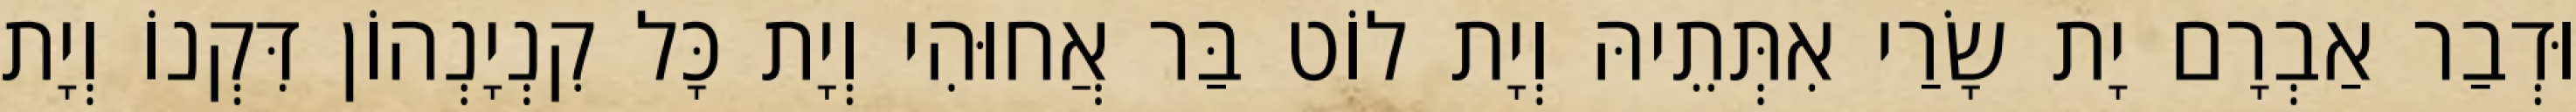
וּדְבַר אַבְרָם יָת שָׂרַי אִתְּתֵיהּ וְיָת לוֹט בַּר אֲחוּהִי וְיָת כָּל קִנְיָנְהוֹן דִּקְנוֹ וְיָת